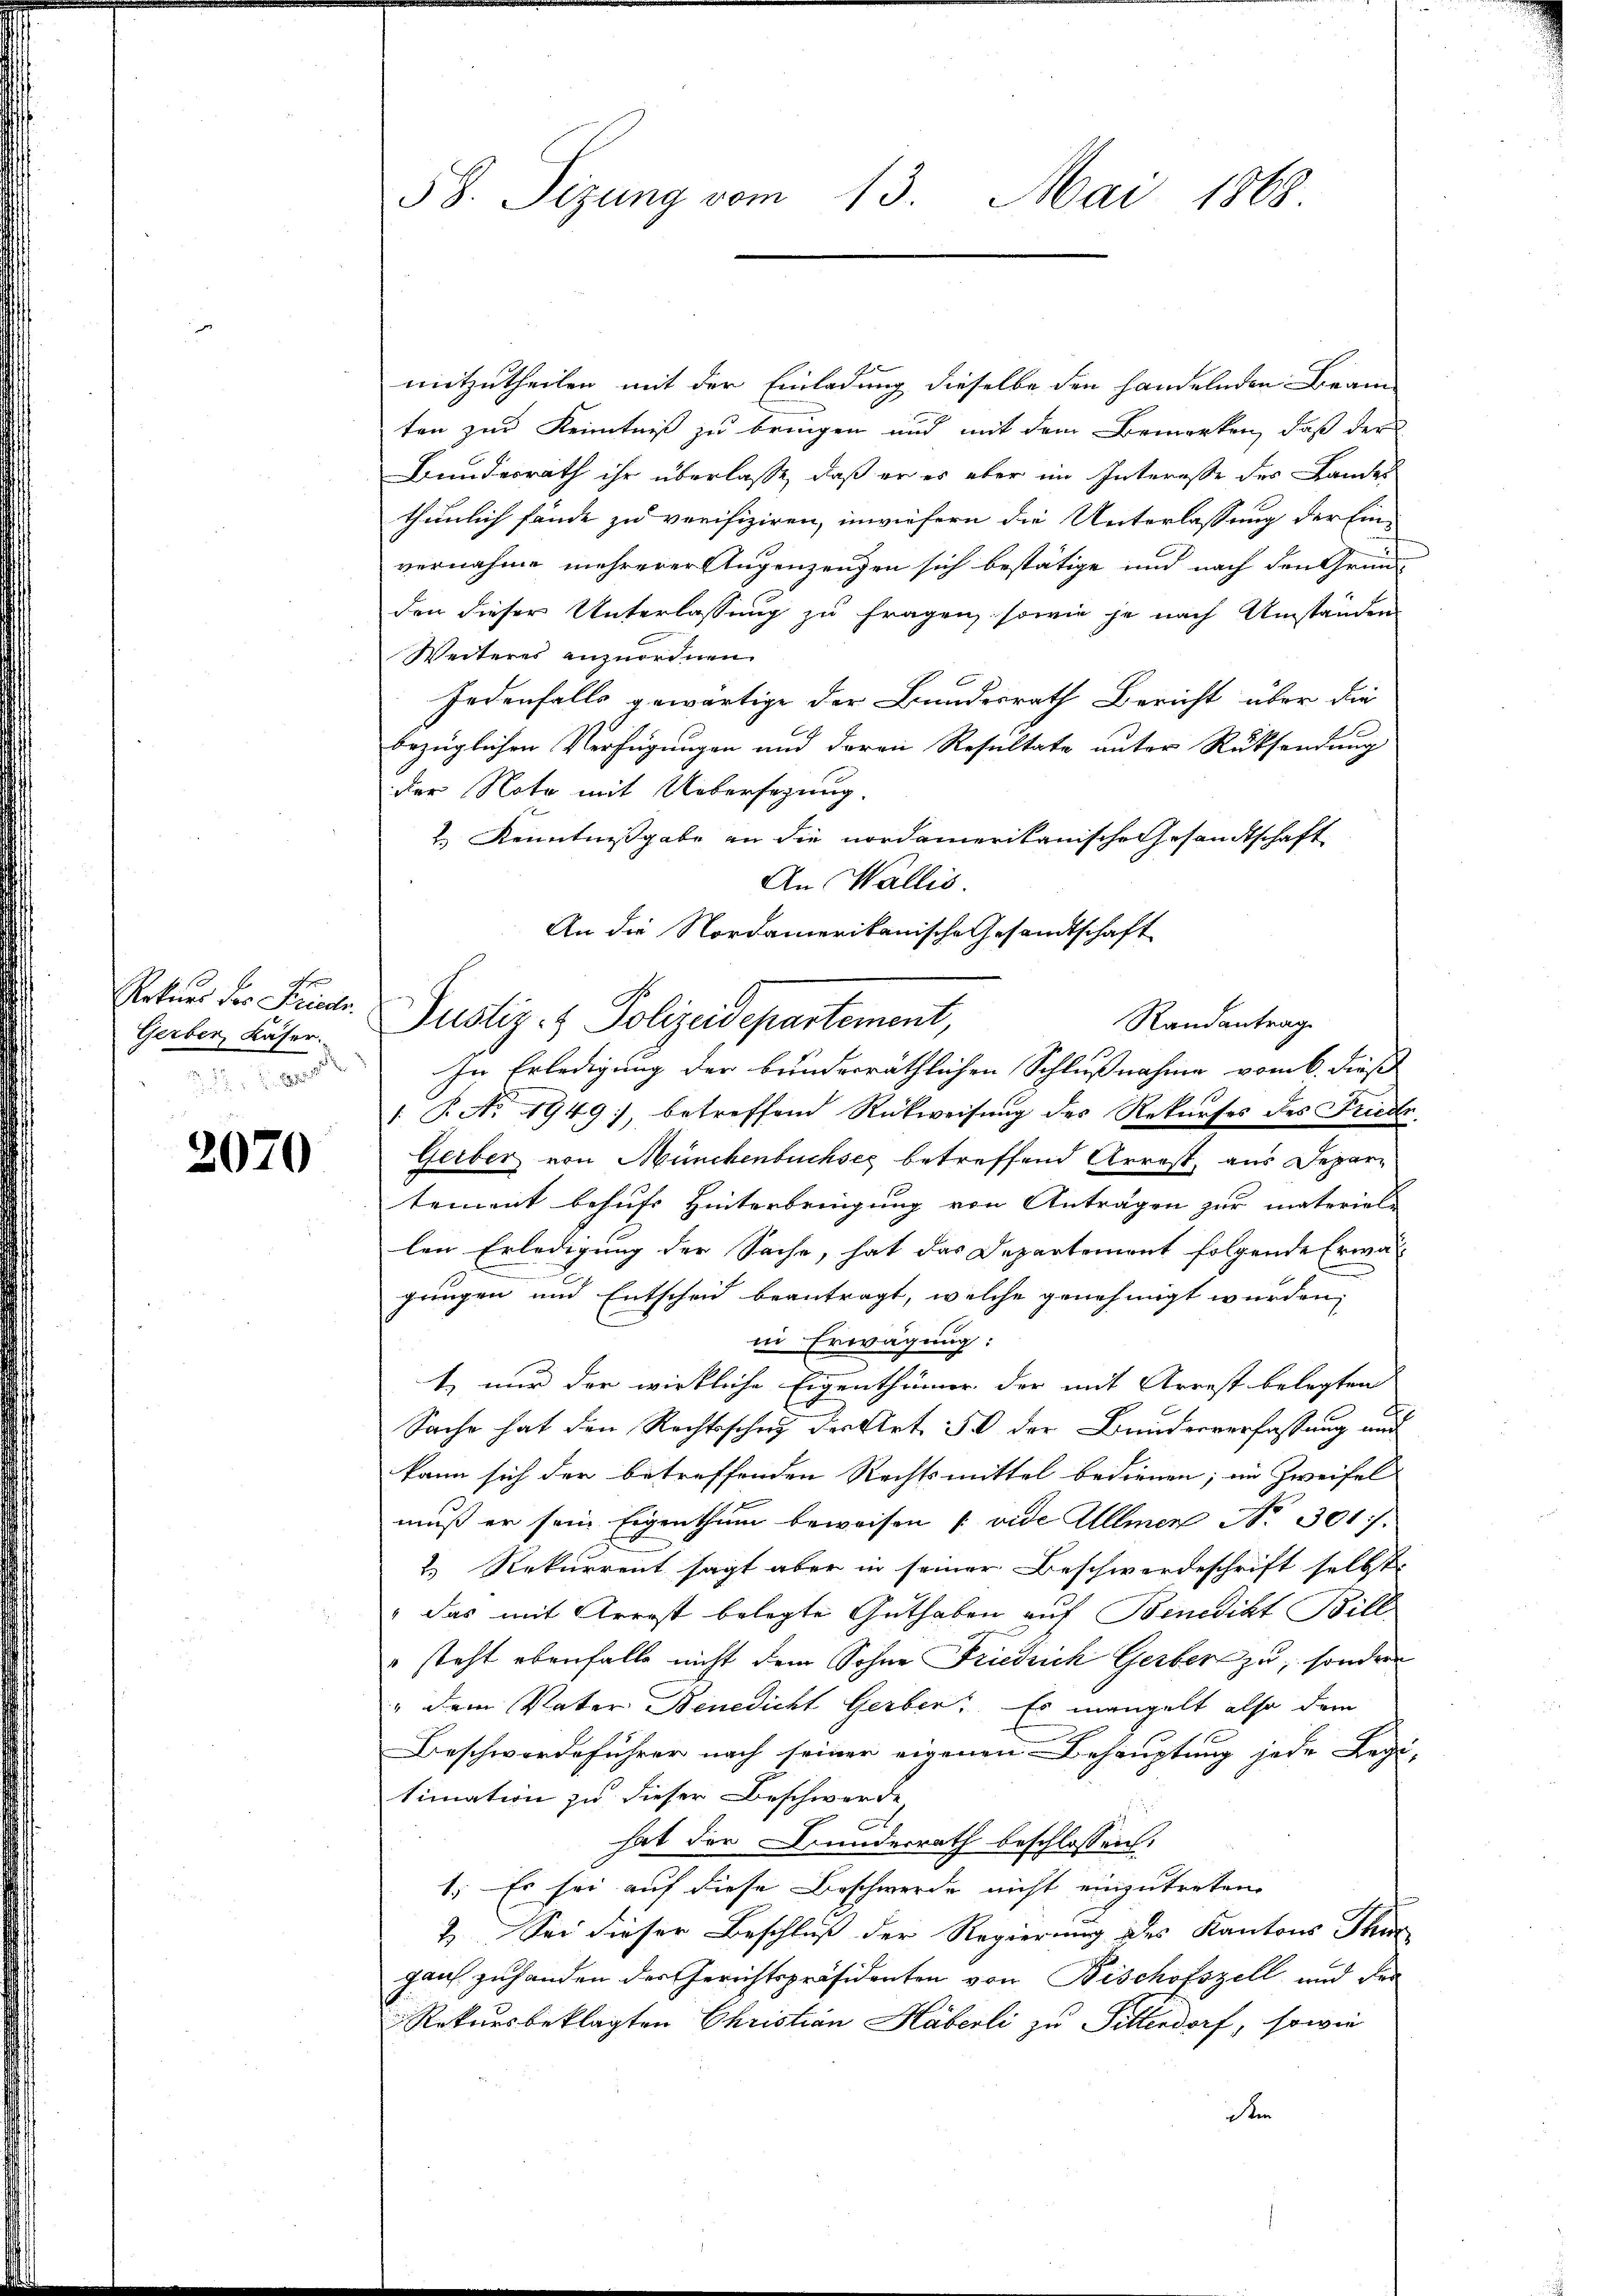
Rekurs der Friedr.
Gerber, Käser.

2070

58. Sizung vom 13. Mai 1868.

mitzutheilen mit der Einladung dieselbe den handelnden Beam
ten zur Kenntniß zu bringen und mit dem Bemerken, daß der
Bundesrath ihr überlasse, daß er es aber im Interesse der Landes
thunlich fände zu verifiziren, inwiefern die Unterlassung der Ein-
vernahme mehrerer Augenzeugen sich bestätige und nach den Grund-
den dieser Unterlassung zu fragen, sowie je nach Umständen
Weiteres anzuordnen.
jedenfalls gewärtige der Bundesrath Bericht über die
bezüglichen Verfügungen und deren Resultate unter Rücksendung
der Note mit Uebersezung.
2.) Kenntnißgabe an die nordamerikanische Gesandtschaft
An Wallis.
An die Nordamerikanische Gesandtschaft
Justiz- & Polizeidepartement,
Randantrag
In Erledigung der bunderräthlichen Schlußnahme vom 6. dieß
/ B. No. 1949, betreffend Rückweisung des Rekurses des Friede
Gerber von Münchenbuchsee betreffend Arrest, aus Departement behufs Hinterbringung von Anträgen zur material-
len Erledigung der Sache, hat das Departement folgende Erwä

gungen und Entscheid beantragt, welche genehmigt wurden,
in Erwägung:
t, nur der wirkliche Eigenthümer der mit Arrest belegten
Sache hat den Rechtsscher der Art. 50 der Bundesverfassung und
kann sich der betreffenden Rechtsmittel bedienen; im Zweifel
muß er sein Eigenthum beweisen [vide Ullmer No 301.
2. Rekurrent sagt aber in seiner Beschwerdeschrift selbst
"das mit Arrost belegte Guthaben auf Benedikt Bill
" steht ebenfalls nicht dem Sohne Friedrich Gerber zu, sondern
" dem Vater Benedicht Gerber. Es mangelt also dem
Beschwerdeführer nach seiner eigenen Behauptung jede Legi-
timation zu dieser Beschwerde
.
hat der Kundesrath beschlossen:
1. Es sei auf diese Beschwerde nicht einzutreten.
2. Sei dieser Beschluß der Regierung des Kantons Thur
ganz zuhanden der Gerichtspräsidenten von Bischofszell und der
Rekursbeklagten Christian Häberli zu Tillendorf, sowie
m